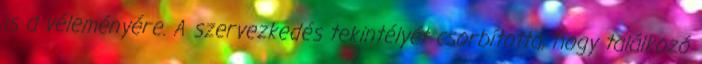
is a véleményére. A szervezkedés tekintélyét csorbította, hogy találkozó